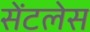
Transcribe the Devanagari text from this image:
सेंटलेस